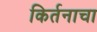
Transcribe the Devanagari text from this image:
किर्तनाचा